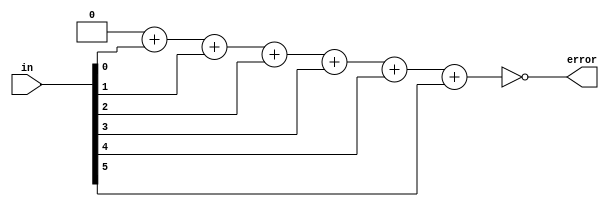
module six_bit_checker(input [5:0] in, output reg error);

integer i;
reg [3:0] count;

always@(*) begin
	count = 4'b0;
	for(i = 0; i < 6; i = i + 1) begin
		count = count + in[i];
	end
	error = !count[0];
end
endmodule